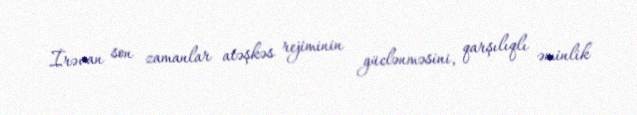
İrəvan son zamanlar atəşkəs rejiminin güclənməsini, qarşılıqlı əminlik